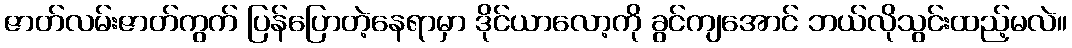
ဇာတ်လမ်းဇာတ်ကွက် ပြန်ပြောတဲ့နေရာမှာ ဒိုင်ယာလော့ကို ခွင်ကျအောင် ဘယ်လိုသွင်းထည့်မလဲ။